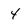
Character: 4